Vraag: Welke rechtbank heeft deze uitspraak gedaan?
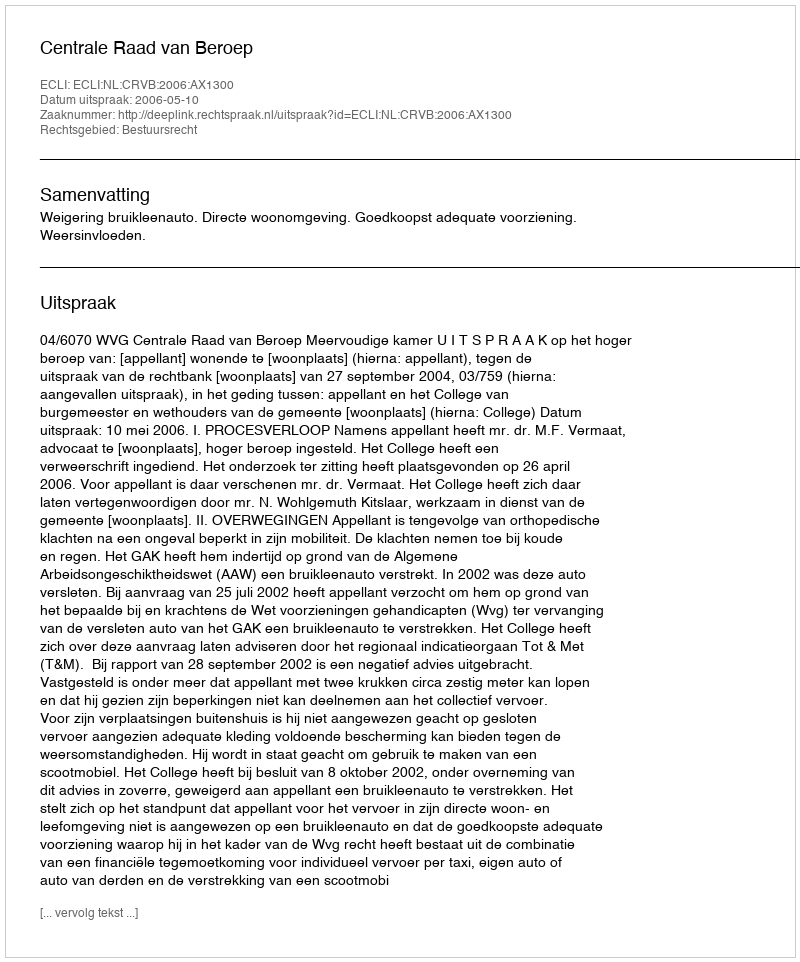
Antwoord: Centrale Raad van Beroep